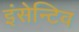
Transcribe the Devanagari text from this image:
इंसेन्टिव